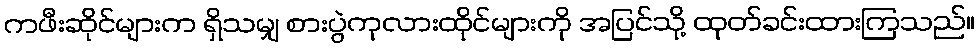
ကဖီးဆိုင်များက ရှိသမျှ စားပွဲကုလားထိုင်များကို အပြင်သို့ ထုတ်ခင်းထားကြသည်။